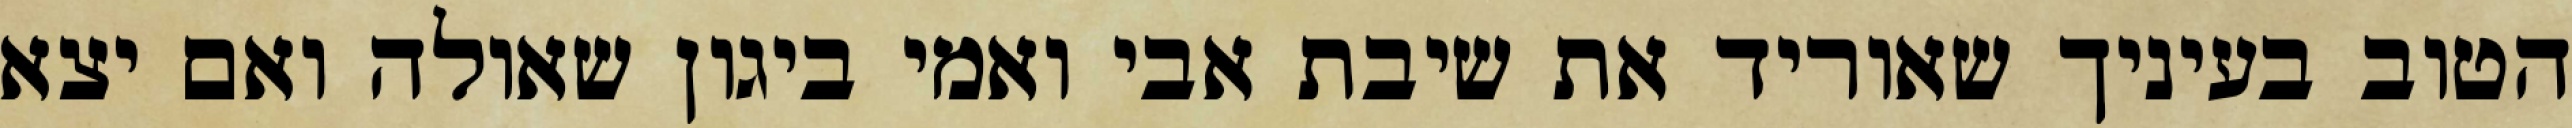
הטוב בעיניך שאוריד את שיבת אבי ואמי ביגון שאולה ואם יצא